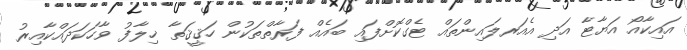
އައިކާއޯ އަޔާޓާ އަދި އެއަރލައިންތައް ޓެގްކޮށްފައި ބައެއް ފަރާތްތަކުން ހަޤީޤަތާ ޚިލާފު ވާހަކަދައްކާއިރު